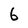
Character: 6